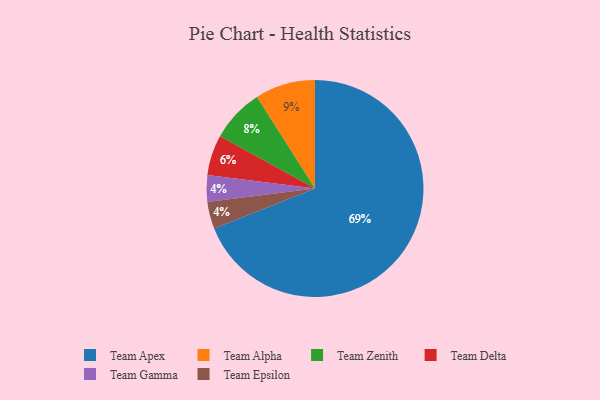
{"axis": {"x": "Category", "y": "Percentage"}, "legend": ["Team Alpha", "Team Apex", "Team Delta", "Team Epsilon", "Team Gamma", "Team Zenith"], "data": [{"x": "Team Alpha", "y": 9, "type": "Team Alpha"}, {"x": "Team Delta", "y": 6, "type": "Team Delta"}, {"x": "Team Apex", "y": 69, "type": "Team Apex"}, {"x": "Team Zenith", "y": 8, "type": "Team Zenith"}, {"x": "Team Gamma", "y": 4, "type": "Team Gamma"}, {"x": "Team Epsilon", "y": 4, "type": "Team Epsilon"}]}